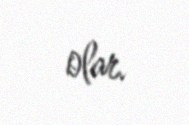
olar.